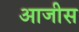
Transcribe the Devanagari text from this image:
आजीस